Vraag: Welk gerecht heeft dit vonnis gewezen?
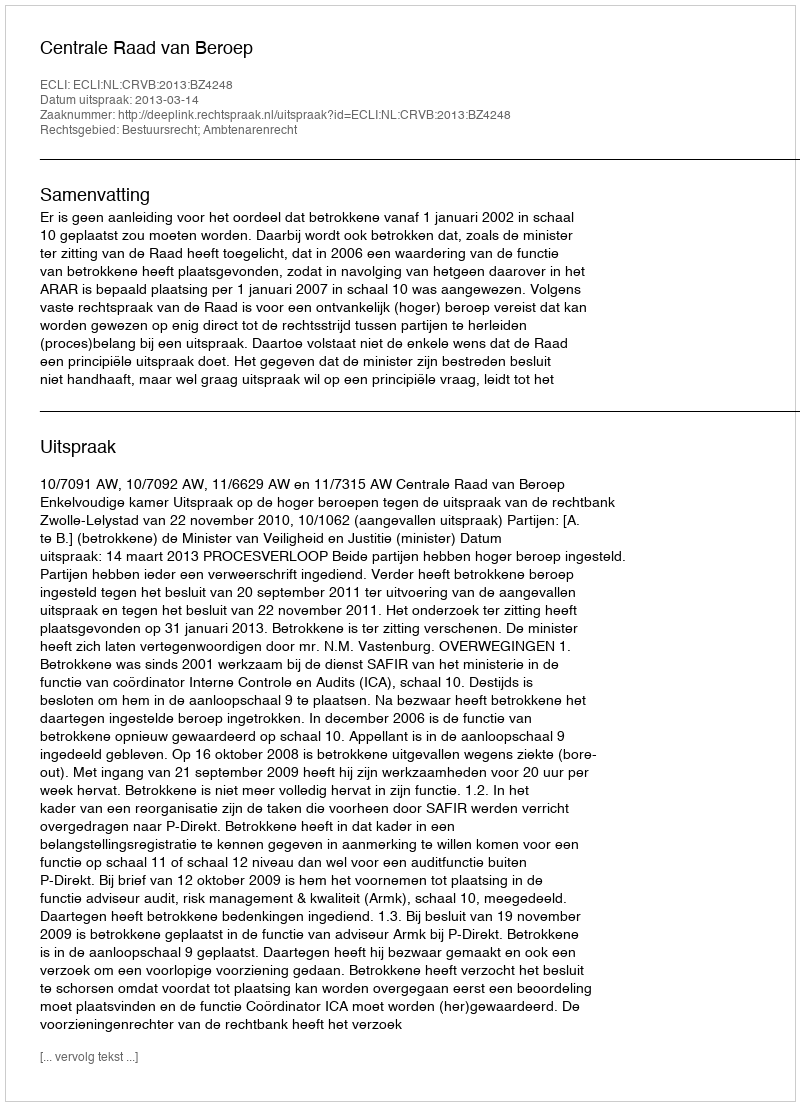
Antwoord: Centrale Raad van Beroep